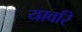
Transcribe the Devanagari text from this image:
यावरि